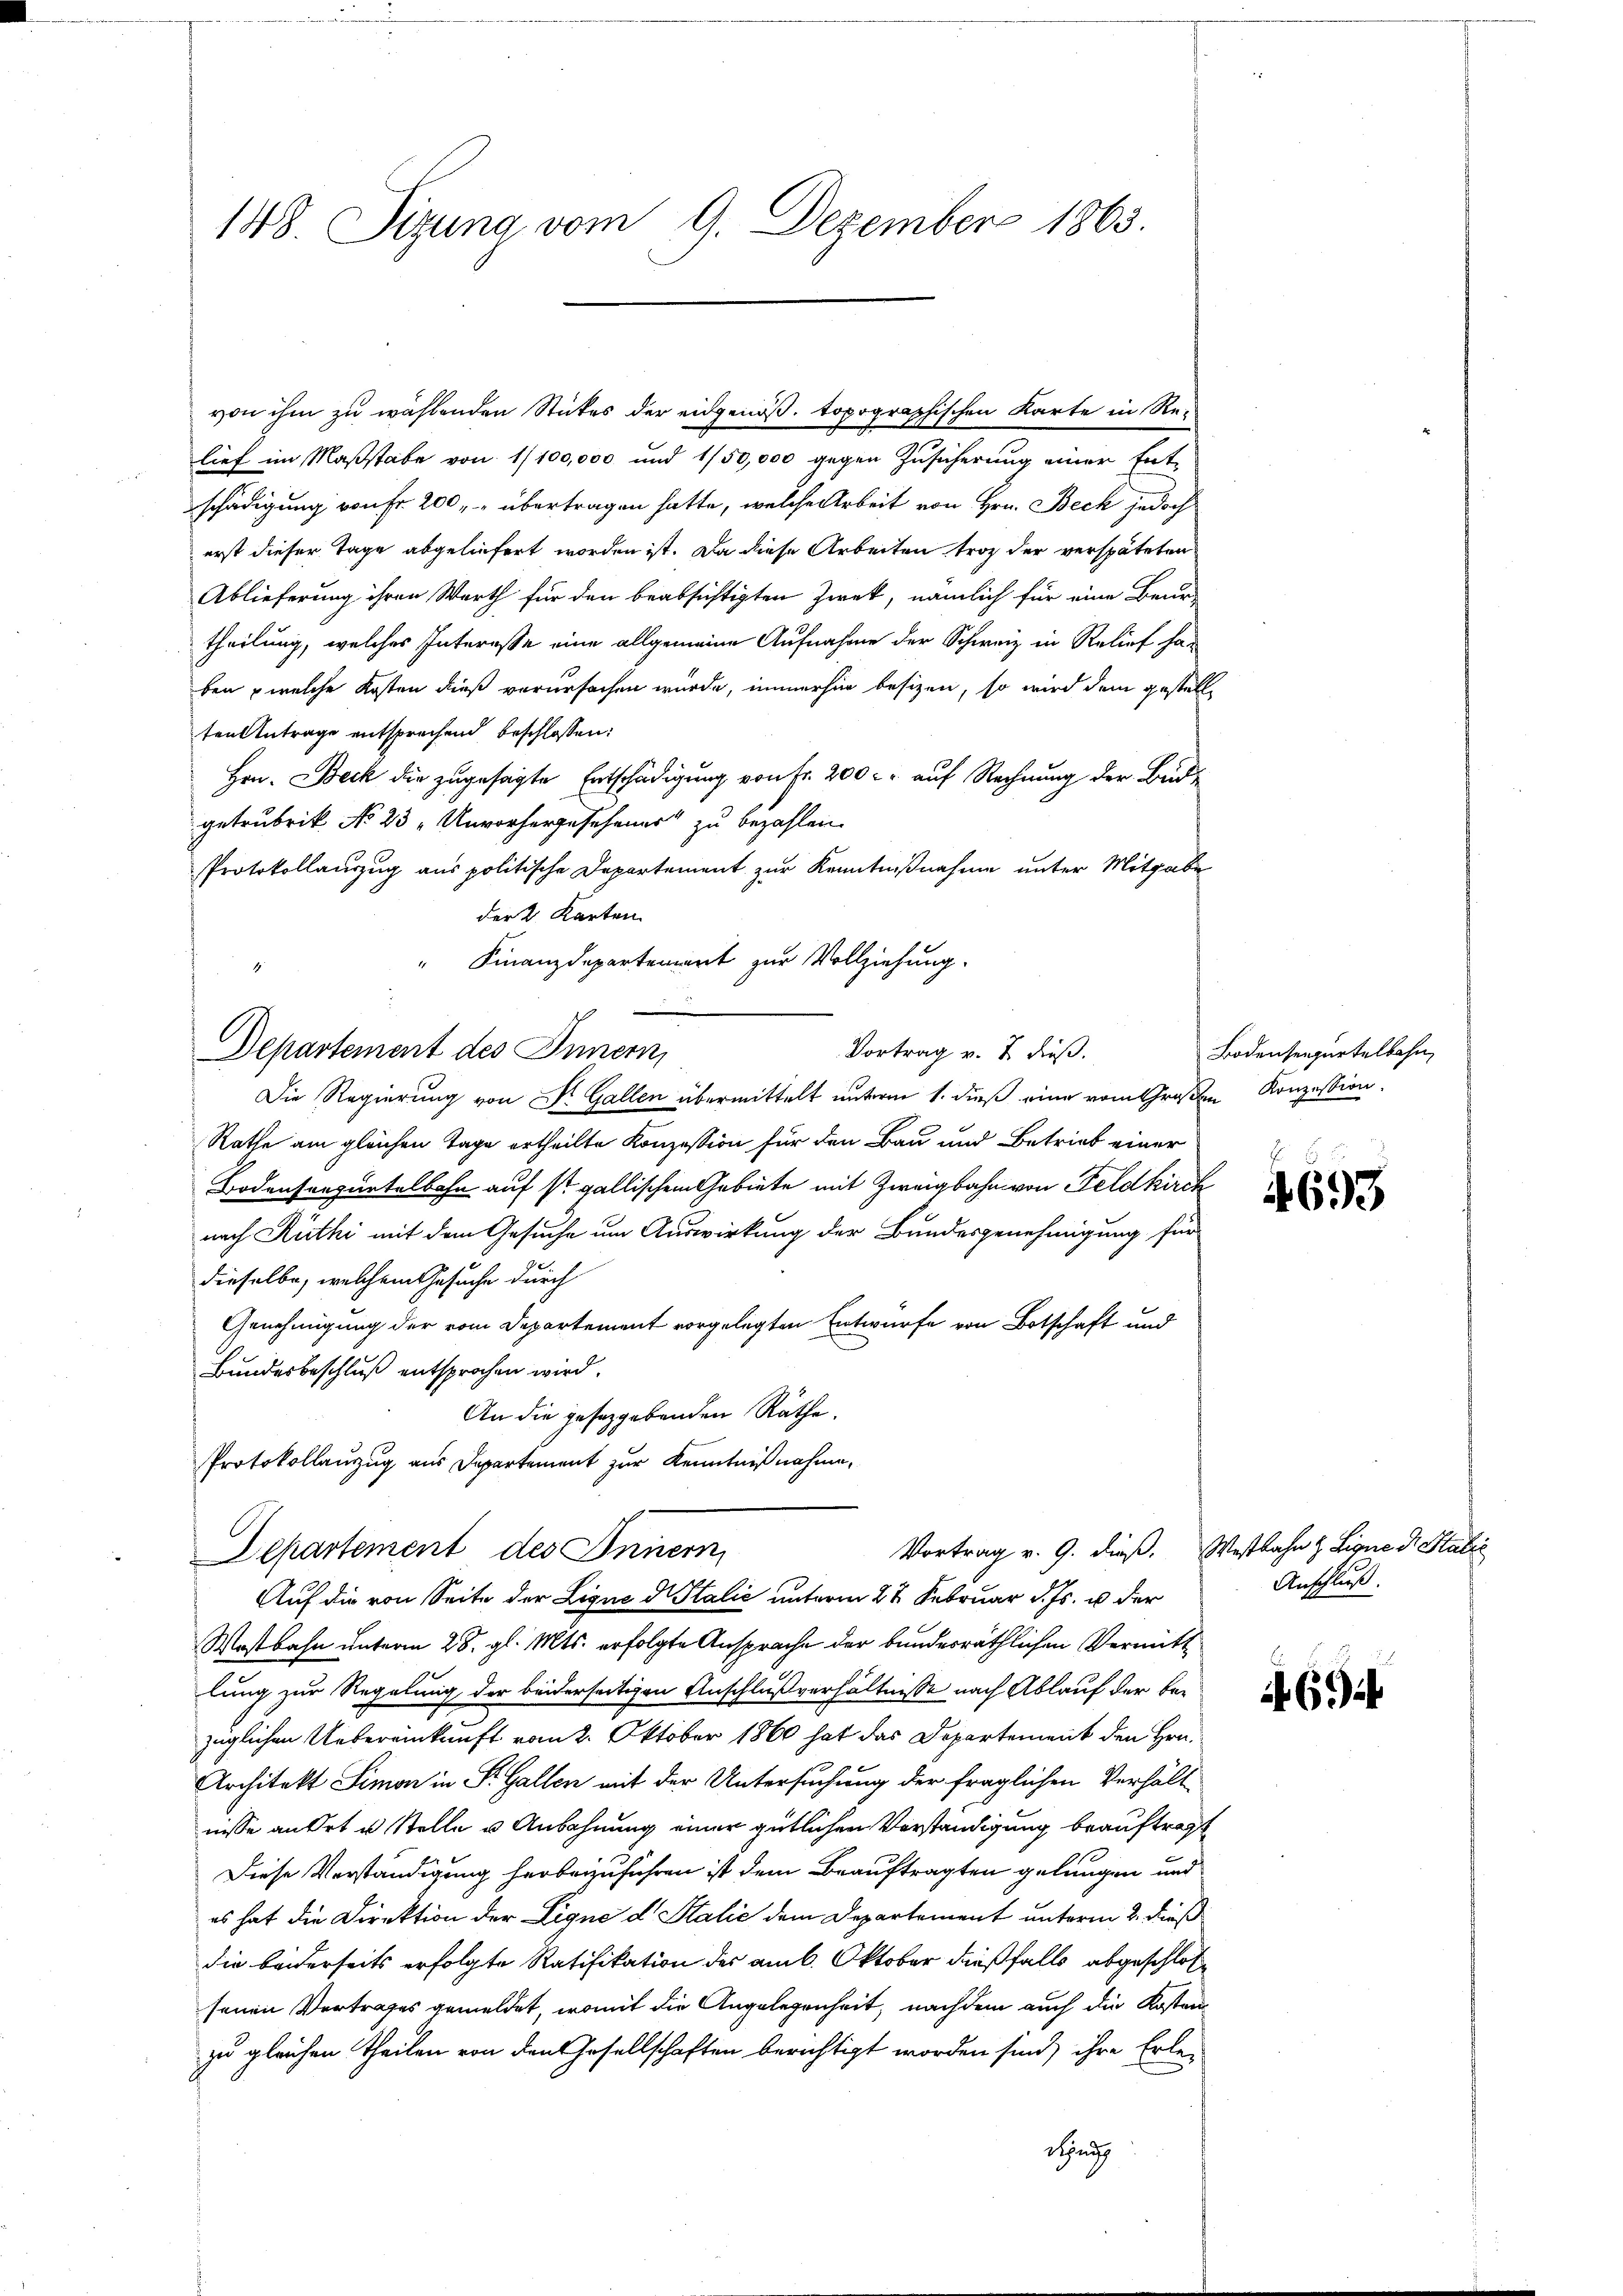
148. Sizung vom 9. Dezember 1863.

von ihm zu wählenden Stückes der eidgenöß. topographischen Karte in Re-
lief im Maßstabe von 1/100,000 und 1/50,000 gegen Zusicherung einer Ent-
schädigung von Fr. 200 " " übertragen hatte, welche Arbeit von Hrn. Beck jedoch
erst dieser Tage abgeliefert worden ist. Da diese Arbeiten trotz der verspäteten
Ablieferung ihren Werth für den beabsichtigten Zweck, nämlich für eine Beur-
theilung, welches Interesse eine allgemeine Aufnahme der Schweiz in Relief han
ben , welche Kosten dieß verursachen wurde, immerhin besizen, so wird dem gestell
ten Antrage entsprechend beschlossen:
Hrn. Beck die zugesagte Entschädigung von Fr. 200 r. auf Rechnung der Budgetrubrik No 23 "Unvorhergesehener zu bezahlen.
Protokollauszug aus politische Departement zur Kenntnißnahme unter Mitgabe
der 2. Karten
" Finanzdepartement zur Vollziehung.
Die Regierung von Dr. Gallen übermittelt unterm 1. dieß eine vom Großen Konzession
Rathe am gleichen Tage ertheilte Konzession für den Bau und Betrieb einer
Bodensanzurtelbahn auf st. gallischem Gebiete mit Zweigbahn von Feldkirch
nach Rüthi mit dem Gesuche um Auswirkung der Bundesgenehmigung für
dieselbe, welchem Gesuche durch
Genehmigung der vom Departement vorgelegten Entwurfe von Botschaft und
Bundesbeschluß entsprochen wird.
An die gesetzgebenden Räthe.
Protokollauszug aus Departement zur Kenntnißnahme¬
Departement des Innern,
Auf die von Seite der Lique d Italić unterm 27. Februar d. Js. u der
Wostbahn unterm 28. gl. Mts. erfolgte Ansprache der bundesräthlichen Vermitt
lung zur Regelung der beiderseitigen Anschlußverhältnisse nach Ablauf der be-
züglichen Uebereinkunft vom 2. Oktober 1860 hat das Departement den Hrn.
Architekt Simon in P. Gallen mit der Untersuchung der fraglichen Verhält
nisse anert u Stelle u Anbahnung einer gütlichen Verständigung beauftragt
Diese Verständigung herbeizuführen ist dem Beauftragten gelungen und
es hat die Direktion der Ligne d. Stalić dem Departement unterm 2. dieß
die beiderseits erfolgte Ratifikation des am 6. Oktober dießfalls abgeschloßsenen Vertrages gemeldet, womit die Angelegenheit, nachdem auch die Kosten
zu gleichen Theilen von den Gesellschaften berichtigt worden sind, ihre Erle¬
Sind

Departement des Innern,

Vortrag v. 7. dieß.

Bodenseegnetelbahn,
.

693

Vortrag v. 9. dieß. Westbahn & Ligne d. Stalić
Anschluß.

69